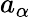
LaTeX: a_{\alpha}